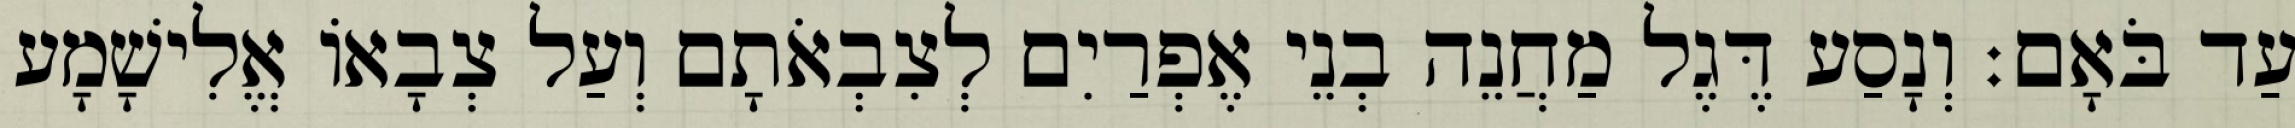
עַד בֹּאָם׃ וְנָסַע דֶּגֶל מַחֲנֵה בְנֵי אֶפְרַיִם לְצִבְאֹתָם וְעַל צְבָאוֹ אֱלִישָׁמָע